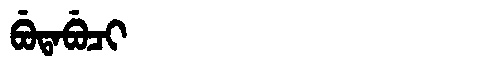
Manchu: ᠪᡠᡨᠠᠪᡠᠴᡳ
Romanization: BUTABUCI